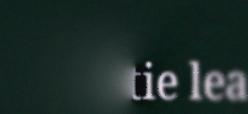
Mejtie lea